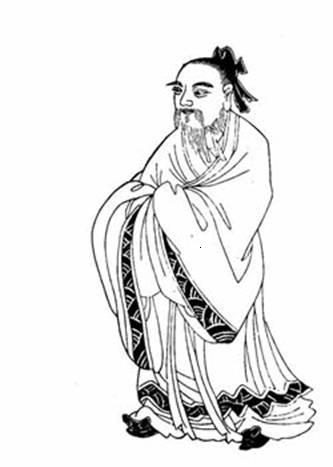
辟如天地之无不持载，无不覆帱。辟如四时之错行，如日月之代明。